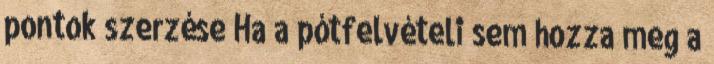
pontok szerzése Ha a pótfelvételi sem hozza meg a